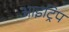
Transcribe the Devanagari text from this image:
आइट्रिप